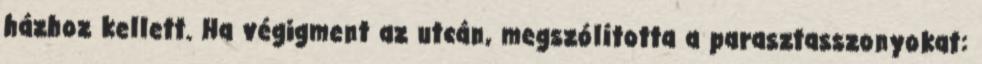
házhoz kellett. Ha végigment az utcán, megszólította a parasztasszonyokat: